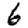
Digit: 6